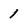
Character: 1